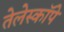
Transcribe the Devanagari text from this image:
तेलेस्कॉपे